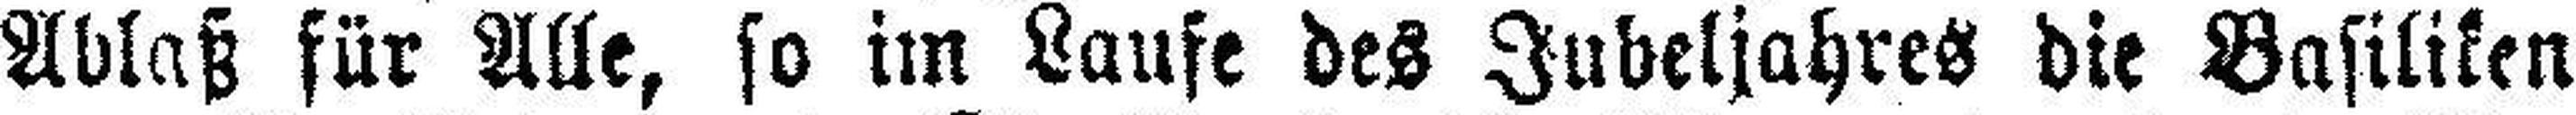
Ablaß für Alle, so im Laufe des Jubeljahres die Basiliken